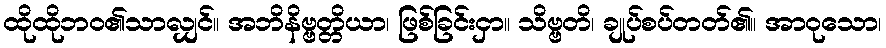
ထိုထိုဘဝ၏သာလျှင်။ အဘိနိဗ္ဗတ္တိယာ၊ ဖြစ်ခြင်းငှာ။ သိဗ္ဗတိ၊ ချုပ်စပ်တတ်၏။ အာဝုသော၊